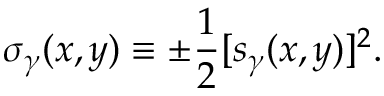
\sigma _ { \gamma } ( x , y ) \equiv \pm { \frac { 1 } { 2 } } [ s _ { \gamma } ( x , y ) ] ^ { 2 } .